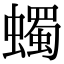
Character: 蠋